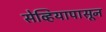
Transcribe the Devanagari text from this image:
सेव्हियापासून